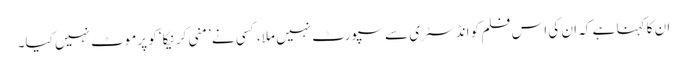
ان کا کہنا ہے کہ ان کی اس فلم کو انڈسٹری سے سپورٹ نہیں ملا، کسی نے ’منی کرنیکا‘ کو پرموٹ نہیں کیا۔